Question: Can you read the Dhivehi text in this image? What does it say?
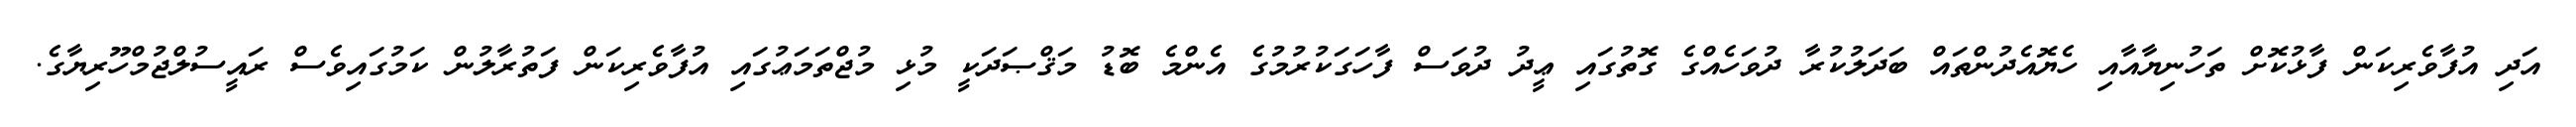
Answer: އަދި އުފާވެރިކަން ފާޅުކޮށް ތަހުނިޔާއާއި ހެޔޮއެދުންތައް ބަދަލުކުރާ ދުވަހެއްގެ ގޮތުގައި ޢީދު ދުވަސް ފާހަގަކުރުމުގެ އެންމެ ބޮޑު މަޤްޞަދަކީ މުޅި މުޖްތަމަޢުގައި އުފާވެރިކަން ފަތުރާލުން ކަމުގައިވެސް ރައީސުލްޖުމްހޫރިޔާގެ.